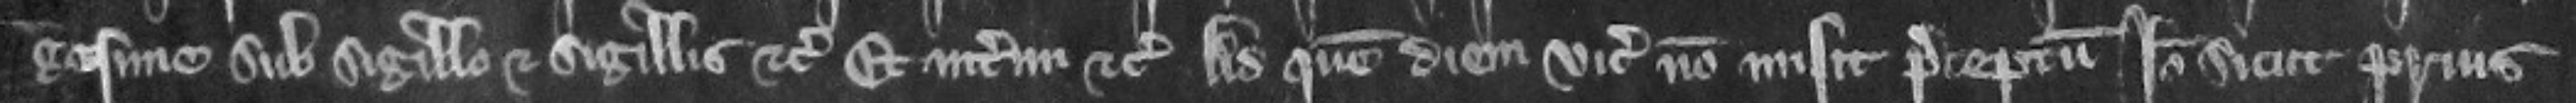
gesime sub sigillo et sigillis etc. Et interim etc. Ad quem diem vicecomes non misit preceptum. Ideo sicut prius